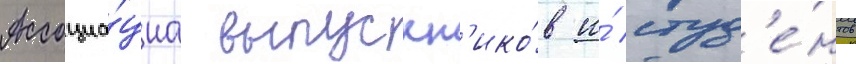
Ассоциа́циа выпускн'ико́в и́ студ'е́нтов